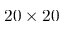
2 0 \times 2 0